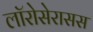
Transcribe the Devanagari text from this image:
लॉरोसेरासस